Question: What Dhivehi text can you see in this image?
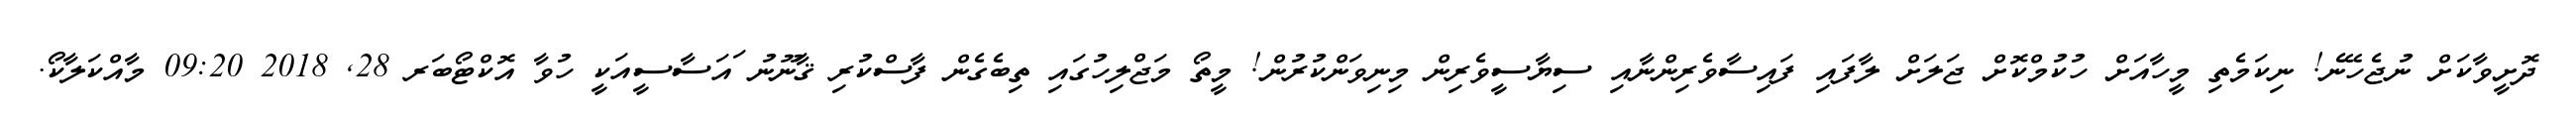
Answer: ދޮށީވާކަށް ނުޖެހޭނެ! ނިކަމެތި މީހާއަށް ހުކުމްކޮށް ޖަލަށް ލާފައި ފައިސާވެރިންނާއި ސިޔާސީވެރިން މިނިވަންކުރުން! މީތޯ މަޖްލިހުގައި ތިބެގެން ފާސްކުރި ޤާނޫނު ައަސާސީއަކީ ހުވާ އޮކްޓޯބަރ 28, 2018 09:20 މާއްކަލާކޯ.